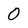
Character: 0